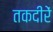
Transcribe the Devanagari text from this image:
तकदीरें